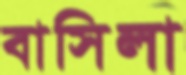
বাসিলা